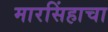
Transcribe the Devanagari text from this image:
मारसिंहाचा